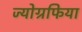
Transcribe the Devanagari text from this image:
ज्योग्रफिया